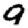
Digit: 9